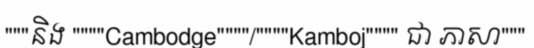
"""និង """"Cambodge""""/""""Kamboj"""" ជា ភាសា"""